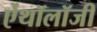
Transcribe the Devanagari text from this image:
ऐंथॉलॉजी